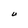
Character: U